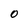
Character: 0